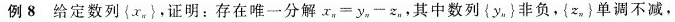
例8给定数列{x_{n}}，证明：存在唯一分解$$x _ { n } = y _ { n } - z _ { n }$$。其中数列{y_{n}}非负，{z_{n}}单调不减，